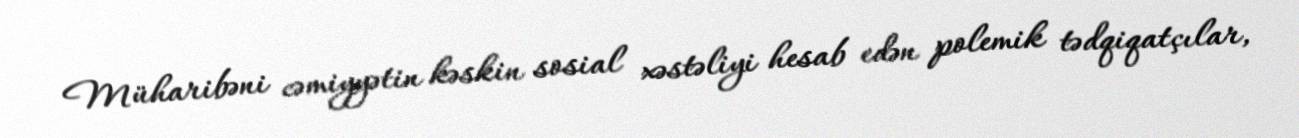
Müharibəni cəmiyyətin kəskin sosial xəstəliyi hesab edən polemik tədqiqatçılar,